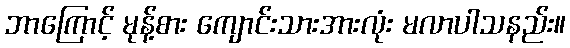
ဘာကြောင့် မုန့်စား ကျောင်းသားအားလုံး မလာပါသနည်း။